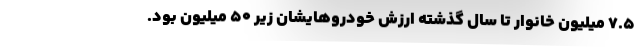
۷.۵ میلیون خانوار تا سال گذشته ارزش خودروهایشان زیر ۵۰ میلیون بود.